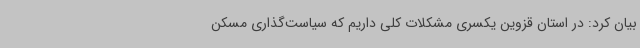
بیان کرد: در استان قزوین یکسری مشکلات کلی داریم که سیاست‌گذاری مسکن